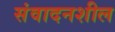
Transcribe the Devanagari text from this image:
संवादनशील